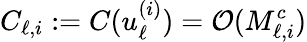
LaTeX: C_{\ell,i}:=C(u_{\ell}^{(i)})=\mathcal{O}(M_{\ell,i}^{c})